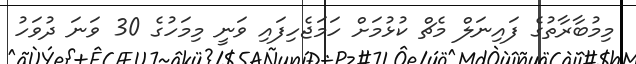
މިމުބާރާތުގެ ފައިނަލް މެޗް ކުޅުމަށް ހަމަޖެހިފައި ވަނީ މިމަހުގެ 30 ވަނަ ދުވަހު